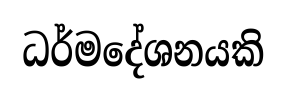
ධර්මදේශනයකි